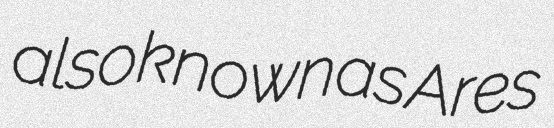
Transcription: also known as Ares